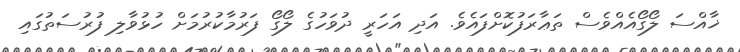
ޚާއްސަ ލޯގޯއެއްވެސް ތަޢާރަފުކޮށްފައެވެ. އަދި އަހަރީ ދުވަހުގެ ލޯގޯ ފަރުމާކުރުމަށް ހުޅުވާލި ފުރުސަތުގައި